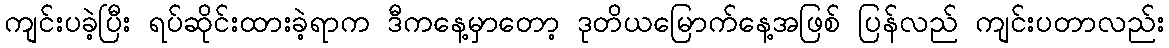
ကျင်းပခဲ့ပြီး ရပ်ဆိုင်းထားခဲ့ရာက ဒီကနေ့မှာတော့ ဒုတိယမြောက်နေ့အဖြစ် ပြန်လည် ကျင်းပတာလည်း